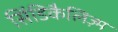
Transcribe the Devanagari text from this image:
सिंडिकैलिज़्म